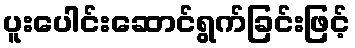
ပူးပေါင်းဆောင်ရွက်ခြင်းဖြင့်